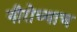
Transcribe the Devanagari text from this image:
नीरोच्याच